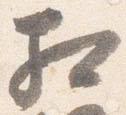
相